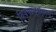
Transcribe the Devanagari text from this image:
विषयानुसंधान